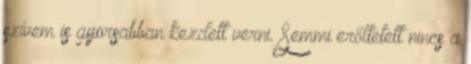
szívem is gyorsabban kezdett verni. Semmi erőltetett nincs a